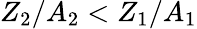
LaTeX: Z_{2}/A_{2}<Z_{1}/A_{1}